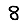
Digit: 8